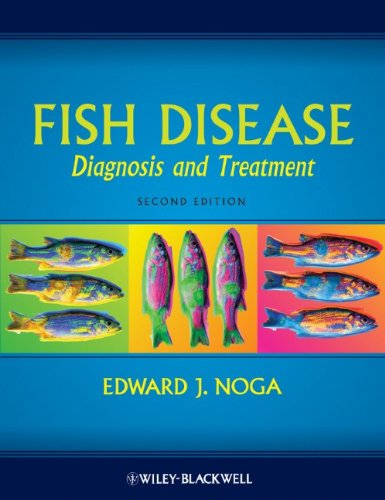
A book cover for Fish Disease: Diagnosis and Treatment; Edward J. Noga; Medical Books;